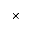
\times